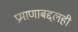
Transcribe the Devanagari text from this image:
प्रमाणाबद्दलही